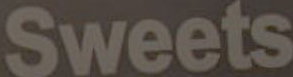
Sweets